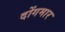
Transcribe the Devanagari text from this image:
दोंगमार